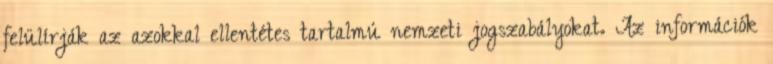
felülírják az azokkal ellentétes tartalmú nemzeti jogszabályokat. Az információk